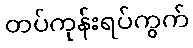
တပ်ကုန်းရပ်ကွက်